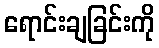
ရောင်းချခြင်းကို